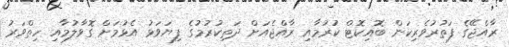
ރާއްޖޭގެ ފަތުރުވެރިކަން ބޮއިކޮޓް ކުރުމާއި ރާއްޖެއަށް ދަތިކުރުމުގެ ފިޔަވަޅު އެޅުމަށް ގޮވާލުމާއި ހިތްވަރު